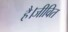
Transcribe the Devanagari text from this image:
है।जीवित